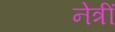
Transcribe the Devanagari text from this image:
नेत्रीं